Annual statistical returns and brief notes on vaccination in Bengal - 1896-1909
Year: 1896
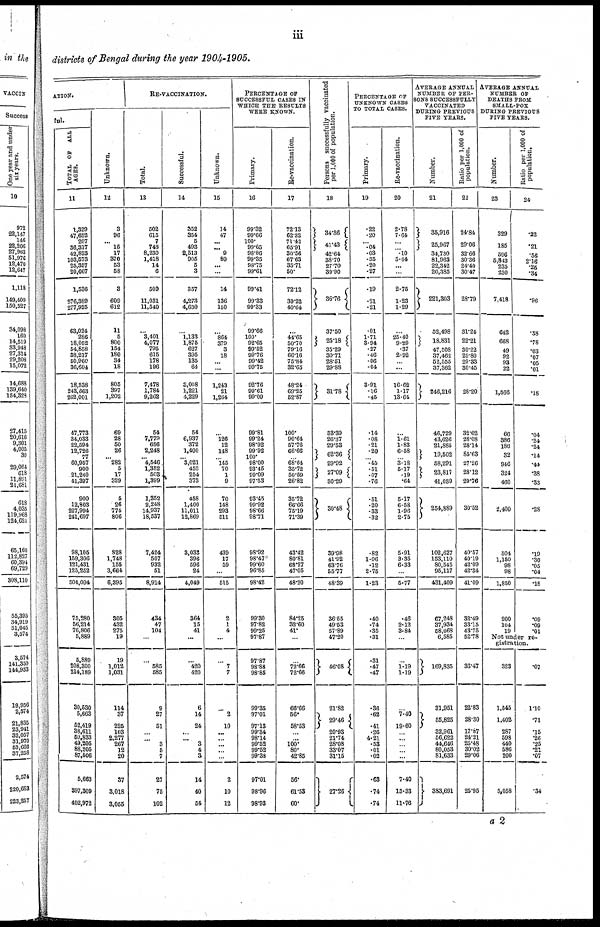
iii
districts of Bengal during the year 1904-1905.
ATION.
ful.
TOTAL OF ALL
AGES.
11
1,329
47,652
207
36,317
42,823
103,573
25,357
20,667
1,536
876,389
277,925
63,024
286
18,052
54,858
38,217
50,960
36,604
18,338
243,663
262,001
47,773
34,033
22,594
12,726
77
60,957
900
21,240
41,397
900
12,803
227,994
241,697
98,105
159,306
121,431
125,252
504,094
75,280
56,214
76,806
5,889
5,889
208,300
214,189
30,530
5,663
52,419
38,611
50,833
49,205
88,205
87,506
5,663
397,309
402,972
Unknown.
12
3
96
... 16
17
370
53
58
3
609
612
11
5
800
154
180
34
18
805
397
1,202
69
28
50
26
... 282
5
17
329
5
26
775
806
828
1,748
155
3,664
6,395
305
432
275
19
19
1,012
1,031
114
37
225
103
2,277
267
12
20
37
3,018
3,055
RE-VACCINATION.
Total.
13
502
615
7
748
8,230
1,418
14
6
509
11,031
11,540
...
3,401
4,077
795
615
178
196
7,478
1,784
9,262
54
7,779
656
2,248
... 4,546
1,352
503
1,399
1,352
2,248
14,937
18,537
7,424
507
932
51
8,914
434
47
104
...
...
585
585
9
27
51
...
...
3
5
7
27
75
102
Successful.
14
352
354
5
493
2,513
905
5
3
357
4,273
4,630
...
1,133
1,875
627
395
135
64
3,008
1,221
4,229
54
6,937
372
1,400
... 3,021
458
254
373
458
1,400
11,011
12,869
3,033
396
596
24
4,049
364
15
41
...
...
420
420
6
14
24
...
... 3
4
3
14
40
54
Unknown.
15
14
47
...
... 9
80
...
...
14
136
150
...
864
379
3
18
...
...
1,243
21
1,264
126
12
148
... 145
70
1
9
70
148
293
511
439
17
59
...
515
2
1
4
...
...
7
7
...
2
10
...
...
...
...
...
2
10
12
PERCENTAGE OF
SUCCESSFUL CASES IN
WHICH THE RESULTS
WERE KNOWN.
Primary.
16
99.32
99.66
100.
99.65
98.86
99.35
98.75
99.61
99.41
99.33
99.33
99.66
100.
92.65
99.52
99.76
99.42
99.75
92.76
99.61
99.09
99.81
99.24
98.92
99.92
100.
98.00
93.45
99.09
97.53
93.45
99.92
98.66
98.71
98.92
98.47
99.60
96.85
98.42
99.30
97.82
99.25
97.87
97.87
98.88
98.85
99.35
97.01
97.13
99.34
98.14
99.52
99.52
99.38
97.01
98.96
98.93
Re-vaccination.
17
72.13
62.32
71.42
65.91
30.56
67.63
35.71
50.
72.12
39.22
40.64
...
44.65
50.70
79.16
66.16
75.84
32.65
48.24
69.25
52.87
100.
90.64
57.76
66.66
... 68.64
35.72
50.59
26.82
35.72
66.66
75.19
71.39
43.42
80.81
68.27
47.05
48.20
84.25
32.60
41.
...
...
72.66
72.66
66.66
56.
58.53
...
...
100.
80.
42.85
56.
61.53
60.
Persons successfully vaccinated
per 1,000 of population.
18
34.36
41.43
42.64
38.70
27.70
30.90
36.76
37.50
25.18
35.29
30.71
28.51
29.88
31.78
33.39
26.37
29.53
62.36
29.92
27.09
30.29
30.48
39.98
41.92
63.76
55.77
48.39
36.55
49.53
57.89
47.20
46.08
21.82
29.46
20.93
21.74
28.08
33.07
31.15
27.26
PERCENTAGE OF
UNKNOWN CASES
TO TOTAL CASES.
Primary.
19
.22
.20
... .04
.03
.35
.20
.27
.19
.21
.21
.01
1.71
3.94
.27
.46
.06
.04
3.91
.16
.45
.14
.08
.21
.20
... .45
.51
.07
.76
.51
.20
.33
.32
.82
1.06
.12
2.75
1.23
.40
.74
.35
.31
.31
.47
.47
.36
.62
.41
.26
4.21
.53
.01
.02
.63
.74
.74
Re-vaccination.
20
2.78
7.64
...
... .10
5.64
...
...
2.75
1.23
1.29
...
25.40
9.29
.37
2.92
... ...
16.62
1.17
13.64
...
1.61
1.83
6.58
... 3.18
5.17
.19
.64
5.17
6.58
1.96
2.75
5.91
3.35
6.33
...
5.77
.46
2.12
3.84
...
...
1.19
1.19
...
7.40
19.60
... ...
... ...
...
7.40
13.33
11.76
AVERAGE ANNUAL
NUMBER OF PER-
SONS SUCCESSFULLY
VACCINATED
DURING PREVIOUS
FIVE YEARS.
Number.
21
35,916
25,967
34,730
81,963
22,342
20,385
221,303
52,498
18,831
47,508
37,462
52,555
37,362
246,216
46,729
43,626
21,885
19,502
58,291
23,817
41,039
254,889
102,627
153,110
80,545
95,117
431,409
67,248
37,934
58,068
6,585
169,835
31,951
55,825
32,961
56,622
44,646
80,053
81,633
383,691
Ratio per 1,000 of
population.
22
24.84
29.06
32.66
30.36
24.40
30.47
28.79
31.24
22.21
30.22
29.80
29.33
30.45
28.20
32.62
28.08
28.14
85.63
27.26
28.12
29.76
30.52
40.57
40.19
42.09
42.34
41.09
32.49
33.15
43.75
52.78
36.47
22.83
28.30
17.87
24.21
25.48
30.02
29.06
25.95
AVERAGE ANNUAL
NUMBER OF
DEATHS FROM
SMALL-POX
DURING PREVIOUS
FIVE YEARS.
Number.
23
329
185
596
5,843
235
230
7,418
642
668
49
92
93
22
1,566
66
386
186
32
946
324
460
2,400
504
1,150
98
98
1,850
200
104
19
Ratio per 1,000 of
population.
24
.22
.21
.56
2.16
.25
.34
.96
.38
.78
.03
.07
.05
.01
.18
.04
.24
.24
.14
.44
.38
.33
.28
.19
.30
.05
.04
.18
.09
.09
.01
Not under re-
gistration.
323
1,545
1,402
287
598
440
586
200
5,058
.07
1.10
.71
.15
.26
.25
.21
.07
.34
a 2